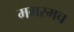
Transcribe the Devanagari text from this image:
मगरमच